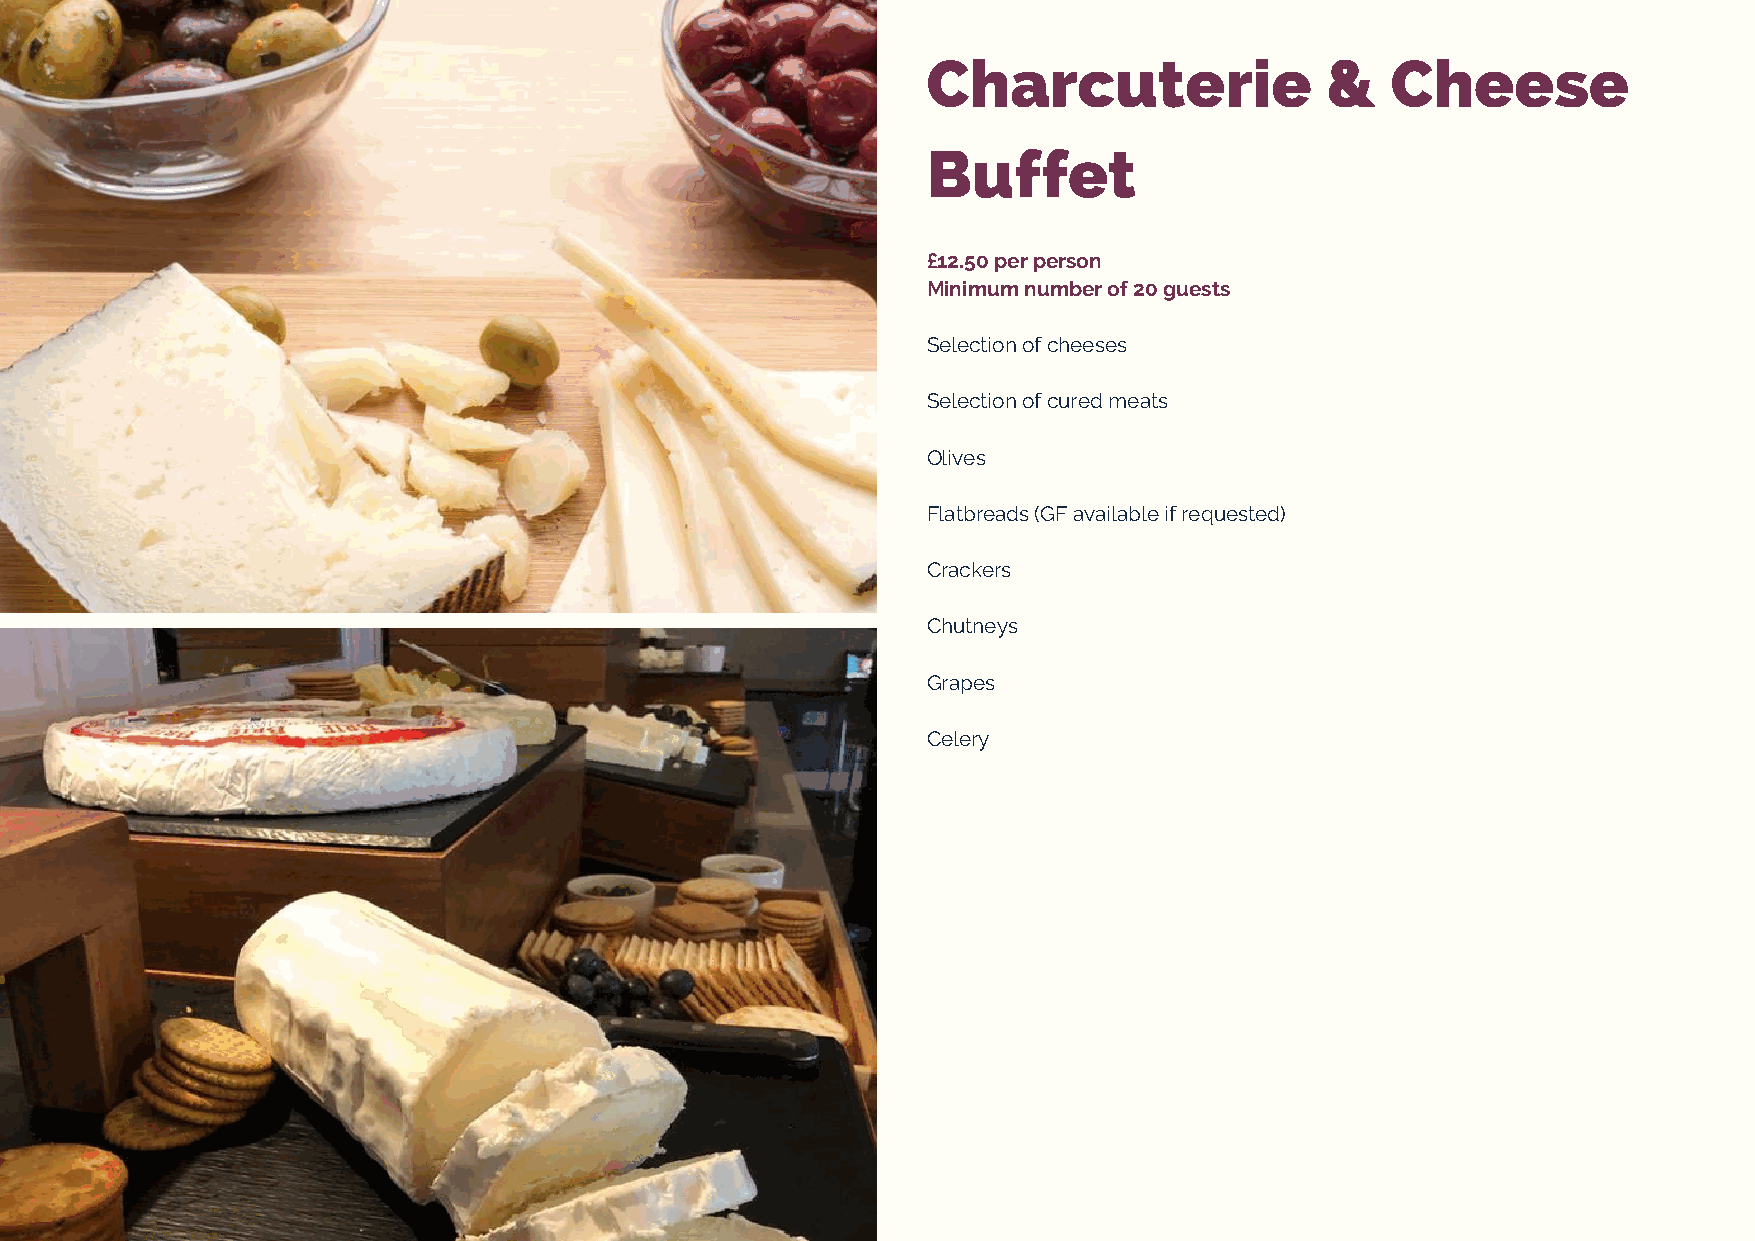
Charcuterie                &   Cheese
 Buffet
 £12.50 per person
 Minimum number of 20 guests
 Selection of cheeses
 Selection of cured meats
 Olives
 Flatbreads (GF available if requested)
 Crackers
 Chutneys
 Grapes
 Celery